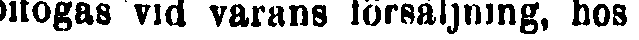
bifogas vid varans försäljning, hos